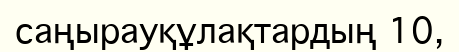
саңырауқұлақтардың 10,